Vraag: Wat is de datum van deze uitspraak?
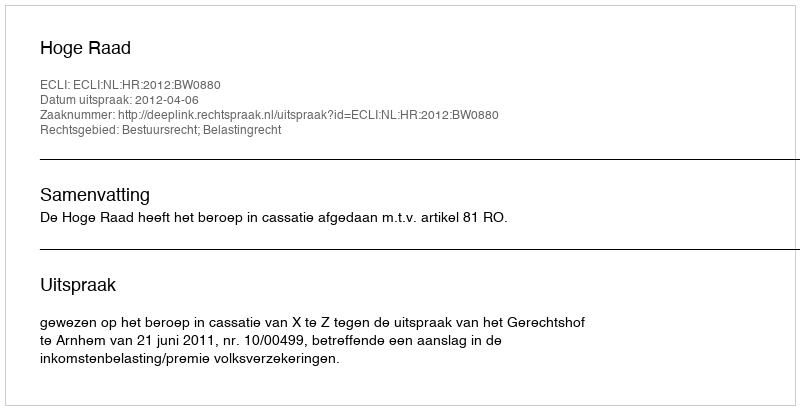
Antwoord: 2012-04-06